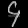
Digit: ၄